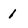
Character: 1